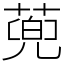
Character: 蔸